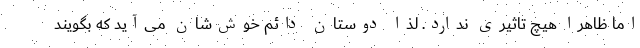
اما ظاهراً هیچ تاثیری ندارد. لذا دوستان دائم خوش‌شان می‌آید که بگویند